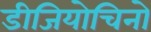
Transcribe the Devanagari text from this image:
डीजियोचिनो